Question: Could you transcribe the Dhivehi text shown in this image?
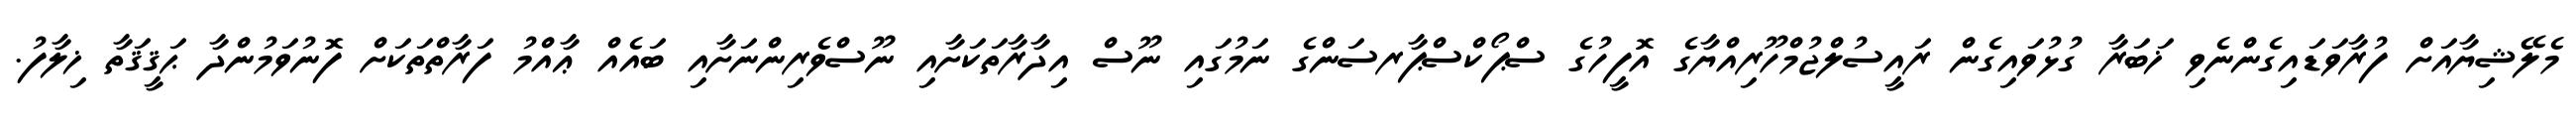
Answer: މެލޭޝިޔާއަށް ފުރާވަޑައިގެންނެވި ޚަބަރާ ގުޅުވައިގެން ރައީސުލްޖުމްހޫރިއްޔާގެ އޮފީހުގެ ސްޕޯކްސްޕާރސަންގެ ނަމުގައި ނޫސް އިދާރާތަކަށާއި ނޫސްވެރިންނަށާއި ބައެއް ޢާއްމު ފަރާތްތަކަށް ފޮނުވަމުންދާ ޙަޤީޤަތާ ޚިލާފު.